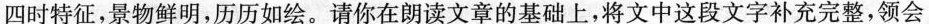
四时特征，景物鲜明，历历如绘。请你在朗读文章的基础上，将文中这段文字补充完整，领会